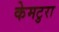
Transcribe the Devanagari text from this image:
केमटुरा